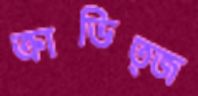
ক্রাভিত্জ